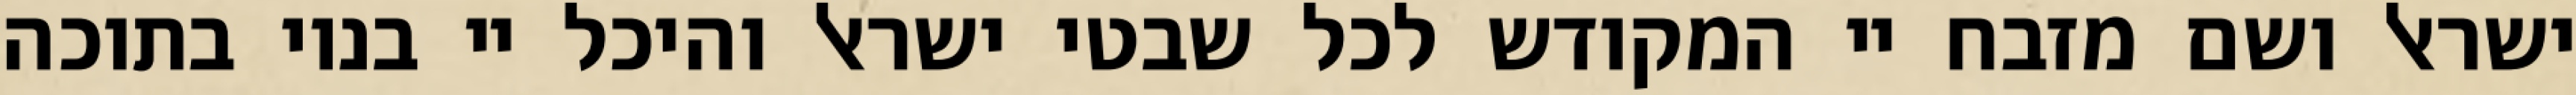
ישראל ושם מזבח יי המקודש לכל שבטי ישראל והיכל יי בנוי בתוכה